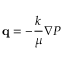
{ \bf q } = - \frac { k } { \mu } \nabla P